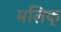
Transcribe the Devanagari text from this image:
मलिक्